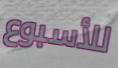
للأسبوع